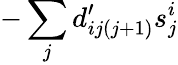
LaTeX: -\sum_{j}d_{ij(j+1)}^{\prime}s_{j}^{i}